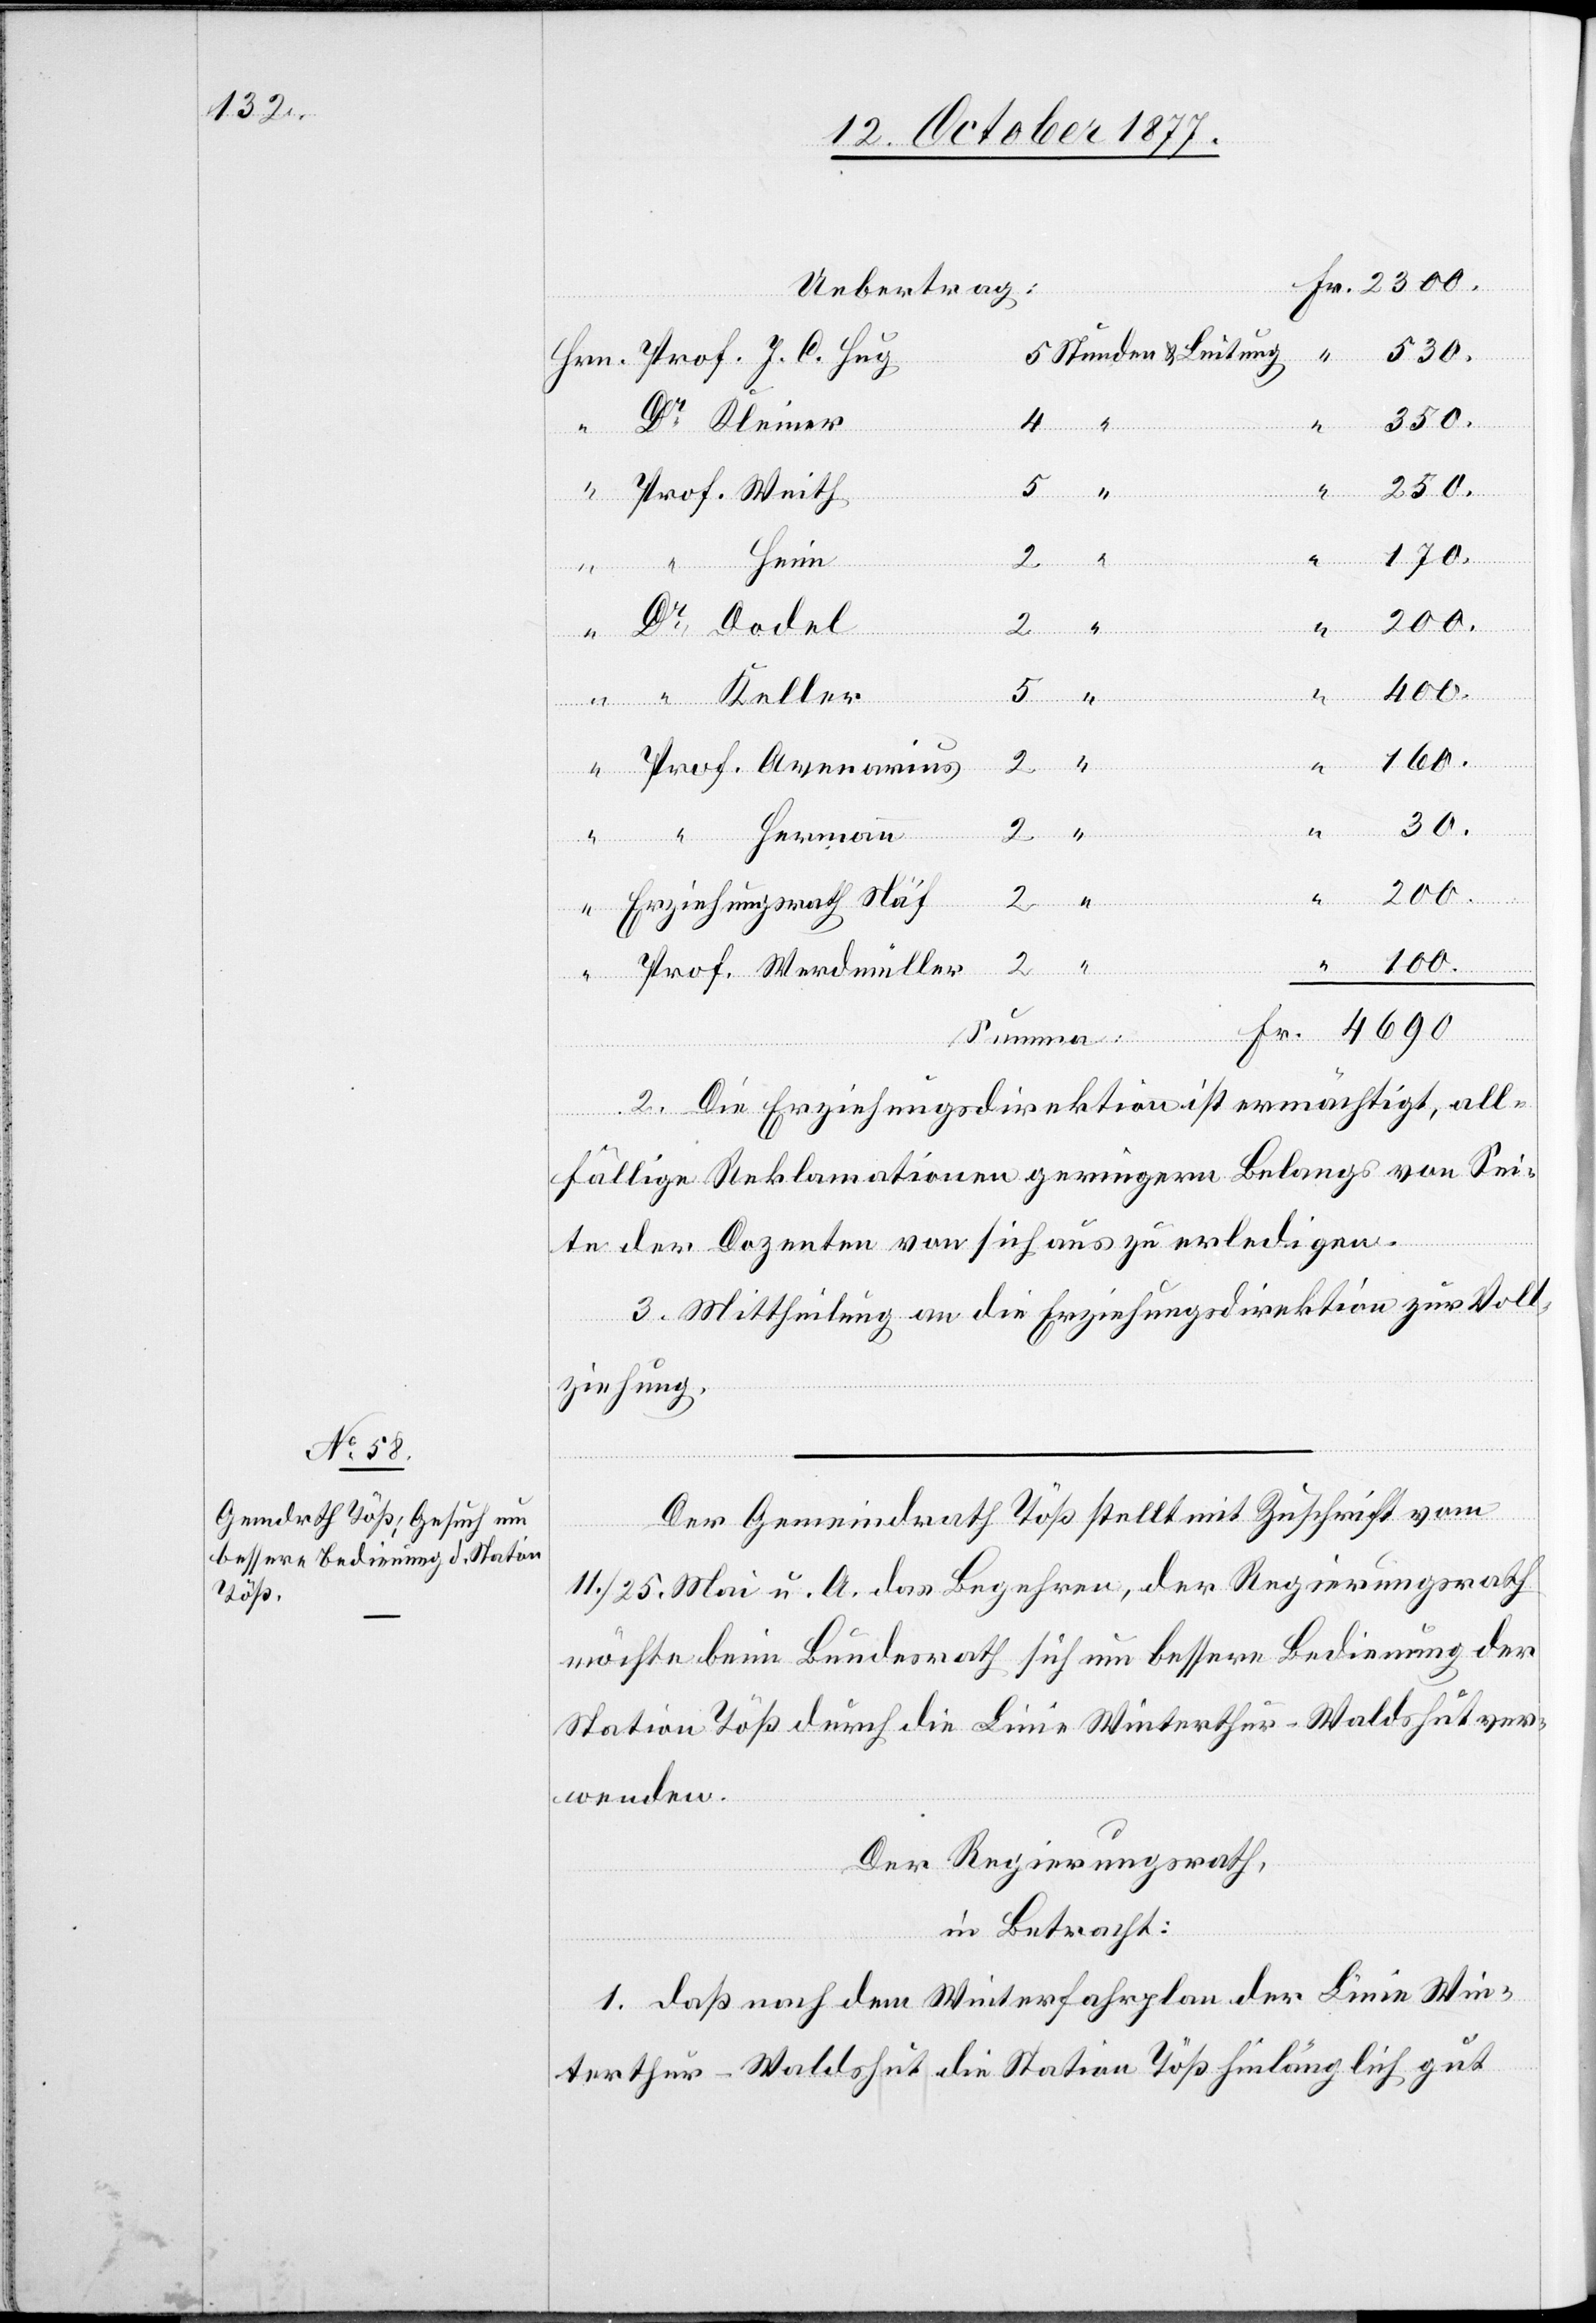
Uebertrag:
5 Stunden & Leitung
530.
350.
4
“
250.
“
Prof. Weith
ann
170.
Heim
Dr
400.
2 “
C.
100.
Fr.
Dodel
Prof. Avenarius
30.
“
einer
200.
“
Herm¬
Erziehungsrath Näf
Prof. Werdmüller
2. Die Erziehungsdirektion ist ermächtigt, all¬
fällige Reklamationen geringern Belangs von Sei¬
te der Dozenten von sich aus zu erledigen.
3. Mittheilung an die Erziehungsdirektion zur Voll¬
ziehung.
Der Gemeindrath Töß stellt mit Zuschrift vom
11./25. Mai u. A. das Begehren, der Regierungsrath
möchte beim Bundesrath sich um bessere Bedienung der
Station Töß durch die Linie Winterthur–Waldshut ver¬
wenden.
Der Regierungsrath,
in Betracht:
1. daß nach dem Winterfahrplan der Linie Win¬
terthur–Waldshut die Station Töß hinlänglich gut